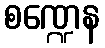
စဏ္ဍေန